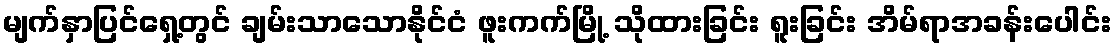
မျက်နှာပြင်ရှေ့တွင် ချမ်းသာသောနိုင်ငံ ဖူးကက်မြို့ သိုထားခြင်း ရူးခြင်း အိမ်ရာအခန်းပေါင်း